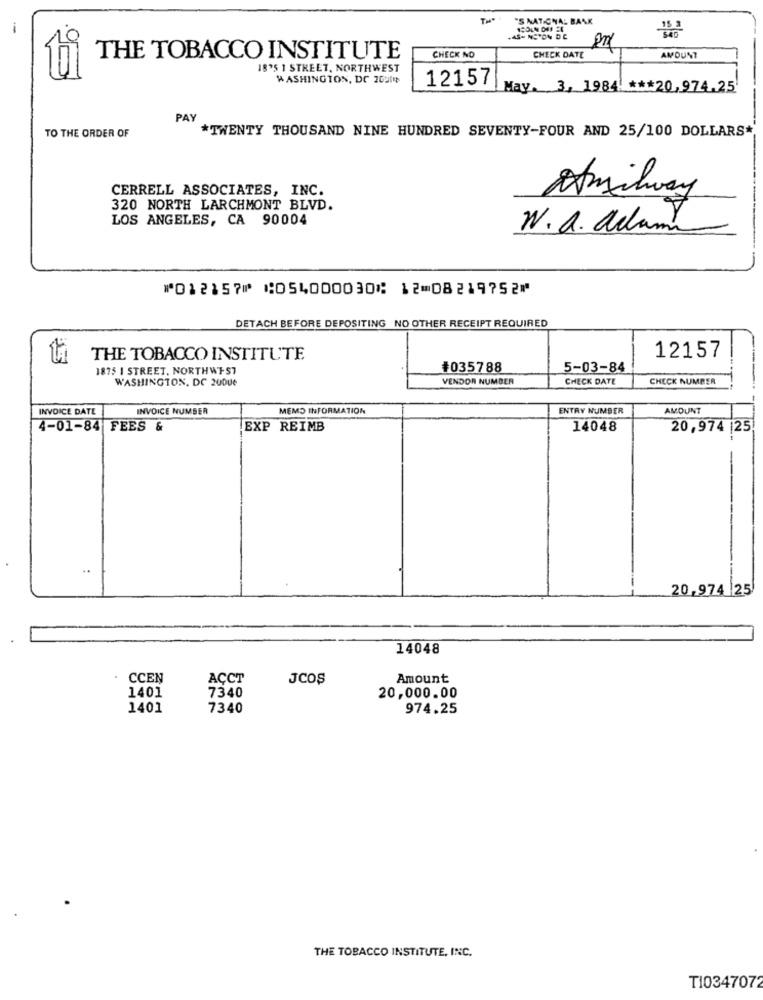
'S NATIONAL BANK
-
-AS- NSTON DE
THE TOBACCO INSTITUTE
CHECK NO
CHECK DATE
AMOUNT
18'5 1 STREET, NORTHWEST
WASHINGTON, DC 2020
12157
May. 3, 1984 *** 20,974.25
PAY
TO THE ORDER OF
*TWENTY THOUSAND NINE HUNDRED SEVENTY-FOUR AND 25/100 DOLLARS*
CERRELL ASSOCIATES, INC.
Amilway
320 NORTH LARCHMONT BLVD.
LOS ANGELES, CA 90004
N.a. aclam
⑈012157⑈ ⑆054000030⑆ 12⑉08219752⑈
DETACH BEFORE DEPOSITING NO OTHER RECEIPT REQUIRED
ti
THE TOBACCO INSTITUTE
12157
187$ 1 STREET, NORTHWEST
#035788
5-03-84
WASHINGTON, DC 20Que
VENDOR NUMBER
CHECK DATE
CHECK NUMBER
INVOICE DATE
INVOICE NUMBER
MEMO INFORMATION
ENTRY NUMBER
AMOUNT
4-01-84 FEES &
EXP REIMB
14048
20,974 |25
..
20,974 25
14048
CCEN
ACCT
JCOS
Amount
1401
7340
20,000.00
1401
7340
974.25
THE TOBACCO INSTITUTE, INC.
T10347072